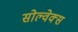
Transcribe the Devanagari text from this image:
सोल्वेक्स